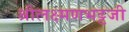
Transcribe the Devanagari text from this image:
श्रीलक्ष्मणभट्टजी